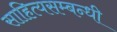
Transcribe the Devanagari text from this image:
साहित्यसम्बन्धी